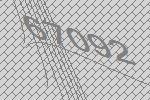
67092